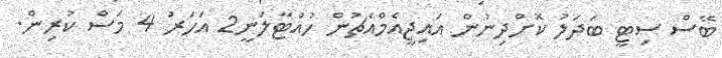
ބޭސް ސިޓީ ބަދަލު ކޮށްދިނުން އައިޖީއެމްއެޗުން ހުއްޓާލަނީ2 އަހަރު 4 މަސް ކުރިން.